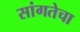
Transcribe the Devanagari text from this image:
सांगतेचा